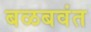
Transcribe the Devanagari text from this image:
बळबवंत